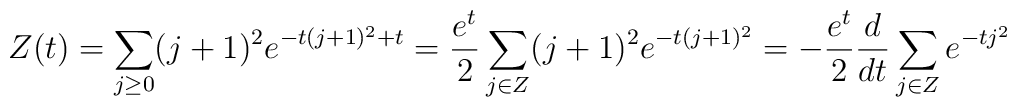
Z(t) = \sum_{j \geq 0} (j + 1)^2 e^{-t (j +1)^2 + t} = \frac{e^t}{2} \sum_{j \in Z} (j + 1)^2 e^{-t (j +1)^2} = -\frac{e^t}{2} \frac{d}{dt}\sum_{j \in Z} e^{-t j^2}